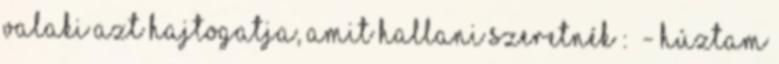
valaki azt hajtogatja, amit hallani szeretnék : - húztam